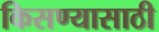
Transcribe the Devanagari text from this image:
किसण्यासाठी